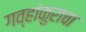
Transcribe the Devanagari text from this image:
गव्हांकुराचा